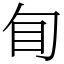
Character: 䀏